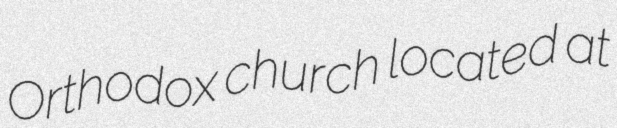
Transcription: Orthodox church located at